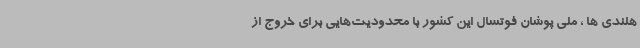
هلندی ها ، ملی پوشان فوتسال این کشور با محدودیت‌هایی برای خروج از